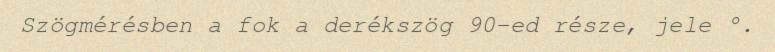
Szögmérésben a fok a derékszög 90-ed része, jele °.